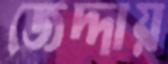
জেদ্দায়